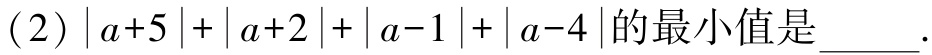
(2)$\vert a + 5\vert+\vert a + 2\vert+\vert a - 1\vert+\vert a - 4\vert$的最小值是______.